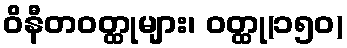
ဝိနီတဝတ္ထုများ၊ ဝတ္ထု(၁၅၀)